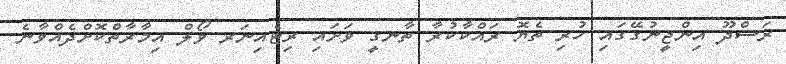
ރަސްދޫ އިންޖީނުގޭގައި ހުރި ތެޔޮ ރައްކާކުރާ ތާނގީ ވަށައި ރިޓެއިނަރ ވޯލް އިމާރާތްކޮށްދެއްވާނެ